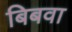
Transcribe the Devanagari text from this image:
बिबवा